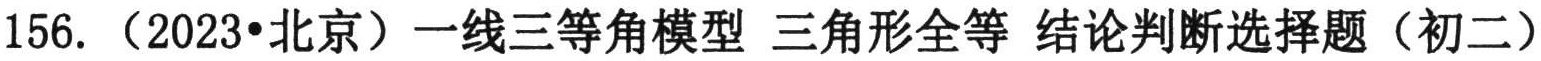
156. （2023•北京）一线三等角模型 三角形全等 结论判断选择题（初二）